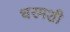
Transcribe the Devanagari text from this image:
धरमशी